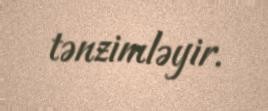
tənzimləyir.